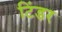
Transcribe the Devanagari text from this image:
टिंडर